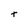
Character: t